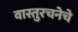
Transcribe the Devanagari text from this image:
वास्तुरचनेचे